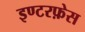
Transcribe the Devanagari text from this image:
इण्टरफ़ेस